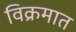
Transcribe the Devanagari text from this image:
विक्रमात